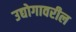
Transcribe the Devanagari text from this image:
उद्योगावरील